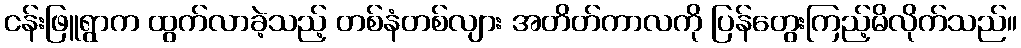
ငန်းဖြူရွာက ထွက်လာခဲ့သည့် တစ်နံတစ်လျား အတိတ်ကာလကို ပြန်တွေးကြည့်မိလိုက်သည်။